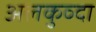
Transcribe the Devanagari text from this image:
अलकुव्दा